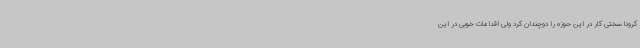
کرونا سختی کار در این حوزه را دوچندان کرد ولی اقدامات خوبی در این